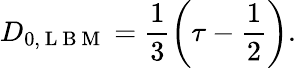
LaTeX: D_{0,\mathrm{~L~B~M~}}=\frac{1}{3}\left(\tau-\frac{1}{2}\right).